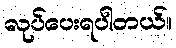
လုပ်ပေးရပါတယ်။